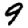
Digit: 9